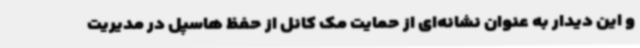
و این دیدار به عنوان نشانه‌ای از حمایت مک کانل از حفظ هاسپل در مدیریت